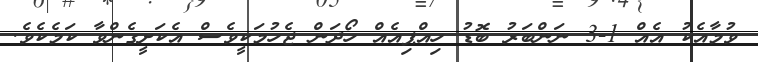
ވުމާއެކު އެއް 1-3 ނަންބަރު ބޮޑު ހިއްޕިއެއް ހޯދަން ޖެހުމަކީވެސް އެކަށީގެންވާ ކަމެކެވެ.